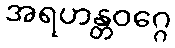
အရဟန္တဝဂ္ဂေ